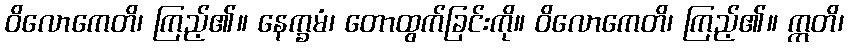
ဝိလောကေတိ၊ ကြည့်၏။ နေက္ခမံ၊ တောထွက်ခြင်းကို။ ဝိလောကေတိ၊ ကြည့်၏။ ဣတိ၊